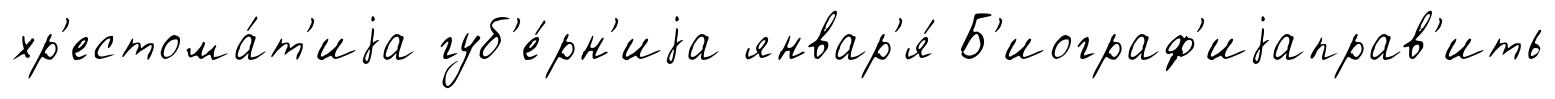
хр'естома́т'иjа губ'е́рн'иjа январ'я́ Б'иограф'иjаправ'ить